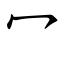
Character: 冖